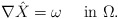
\begin{align*}\nabla \hat X = \omega \quad\mbox{ in } \Omega.\end{align*}